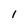
Character: l